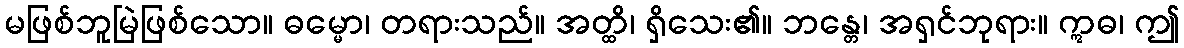
မဖြစ်ဘူမြဲဖြစ်သော။ ဓမ္မော၊ တရားသည်။ အတ္ထိ၊ ရှိသေး၏။ ဘန္တေ၊ အရှင်ဘုရား။ ဣဓ၊ ဤ